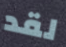
لقد